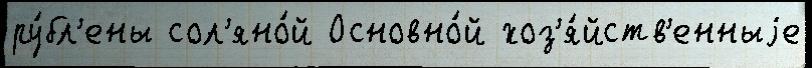
ру́бл'ены сол'яно́й Основно́й хоз'я́йств'енныjе